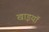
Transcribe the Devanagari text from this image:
खाइयॉ